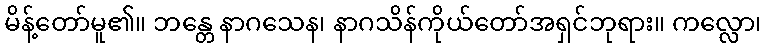
မိန့်တော်မူ၏။ ဘန္တေ နာဂသေန၊ နာဂသိန်ကိုယ်တော်အရှင်ဘုရား။ ကလ္လော၊